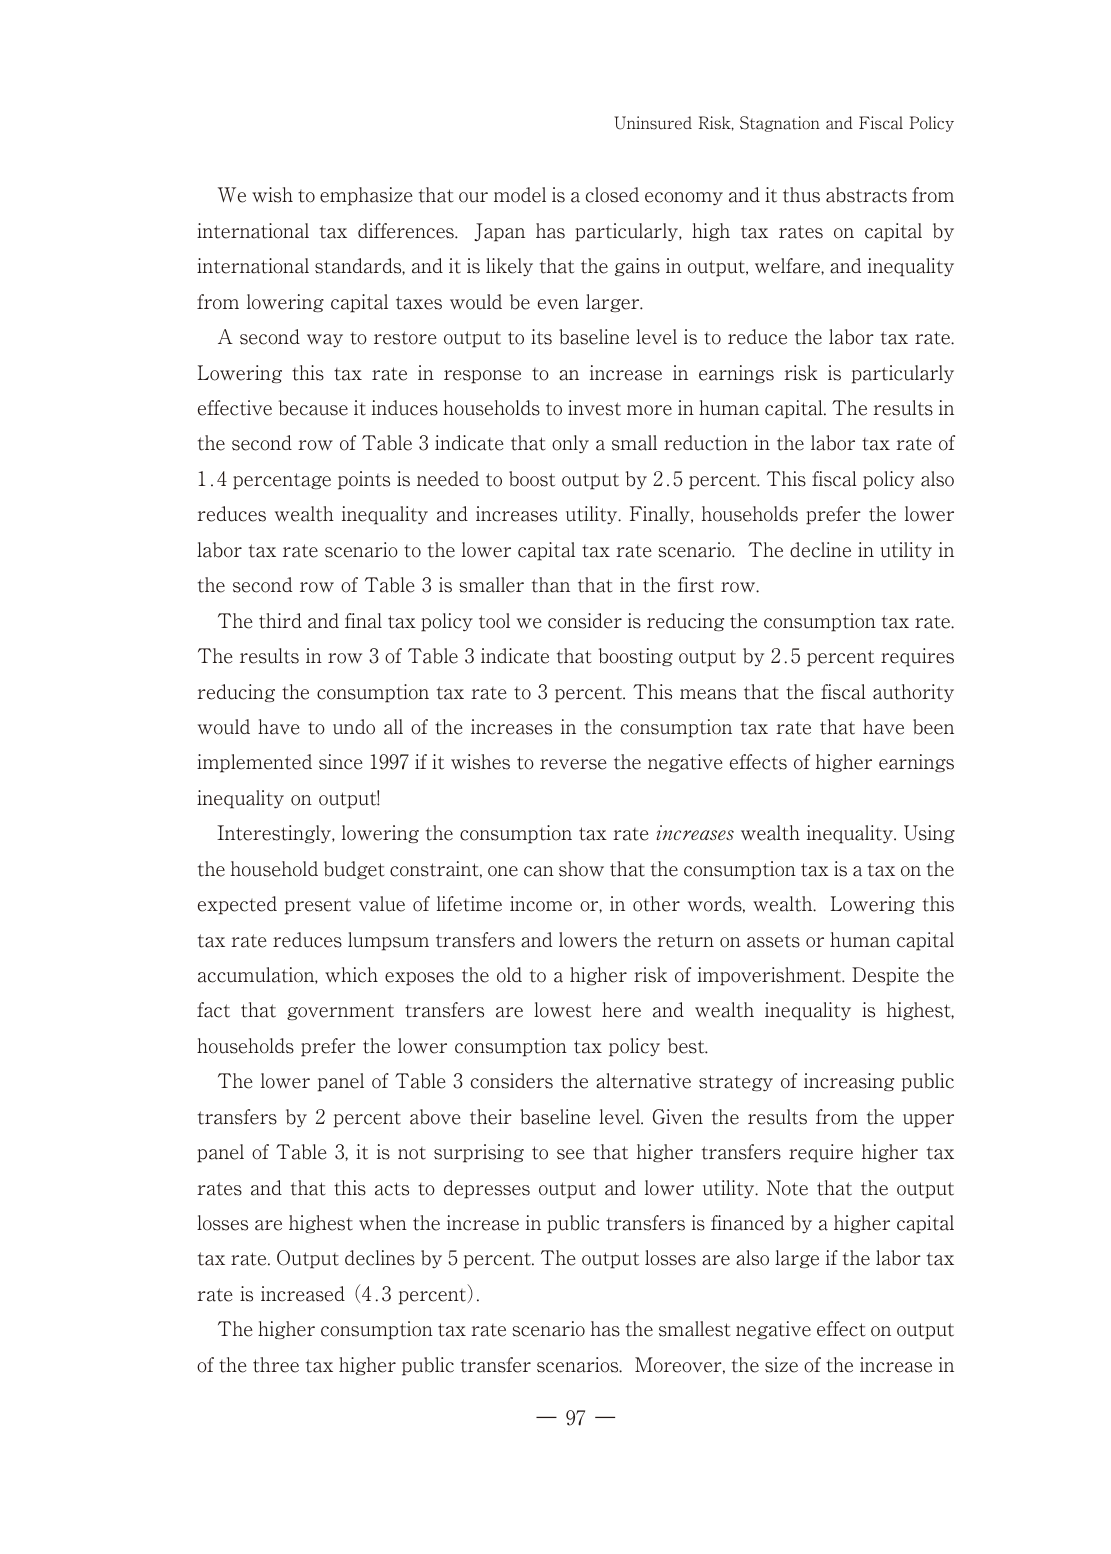
Uninsured Risk, Stagnation and Fiscal Policy

We wish to emphasize that our model is a closed economy and it thus abstracts from international tax differences. Japan has particularly, high tax rates on capital by international standards, and it is likely that the gains in output, welfare, and inequality from lowering capital taxes would be even larger.

A second way to restore output to its baseline level is to reduce the labor tax rate. Lowering this tax rate in response to an increase in earnings risk is particularly effective because it induces households to invest more in human capital. The results in the second row of Table 3 indicate that only a small reduction in the labor tax rate of 1.4 percentage points is needed to boost output by 2.5 percent. This fiscal policy also reduces wealth inequality and increases utility. Finally, households prefer the lower labor tax rate scenario to the lower capital tax rate scenario. The decline in utility in the second row of Table 3 is smaller than that in the first row.

The third and final tax policy tool we consider is reducing the consumption tax rate. The results in row 3 of Table 3 indicate that boosting output by 2.5 percent requires reducing the consumption tax rate to 3 percent. This means that the fiscal authority would have to undo all of the increases in the consumption tax rate that have been implemented since 1997 if it wishes to reverse the negative effects of higher earnings inequality on output!

Interestingly, lowering the consumption tax rate increases wealth inequality. Using the household budget constraint, one can show that the consumption tax is a tax on the expected present value of lifetime income or, in other words, wealth. Lowering this tax rate reduces lumpsum transfers and lowers the return on assets or human capital accumulation, which exposes the old to a higher risk of impoverishment. Despite the fact that government transfers are lowest here and wealth inequality is highest, households prefer the lower consumption tax policy best.

The lower panel of Table 3 considers the alternative strategy of increasing public transfers by 2 percent above their baseline level. Given the results from the upper panel of Table 3, it is not surprising to see that higher transfers require higher tax rates and that this acts to depresses output and lower utility. Note that the output losses are highest when the increase in public transfers is financed by a higher capital tax rate. Output declines by 5 percent. The output losses are also large if the labor tax rate is increased (4.3 percent).

The higher consumption tax rate scenario has the smallest negative effect on output of the three tax higher public transfer scenarios. Moreover, the size of the increase in

— 97 —